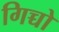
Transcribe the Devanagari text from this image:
गिच्चो